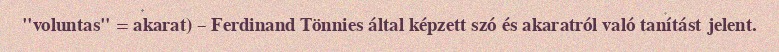
"voluntas" = akarat) – Ferdinand Tönnies által képzett szó és akaratról való tanítást jelent.